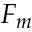
F _ { m }